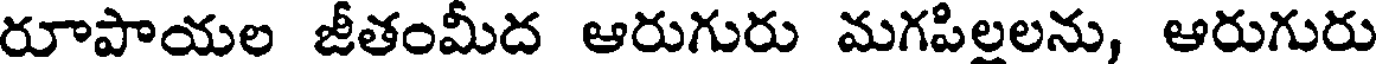
రూపాయల జీతంమీద ఆరుగురు మగపిలలను, ఆరుగురు